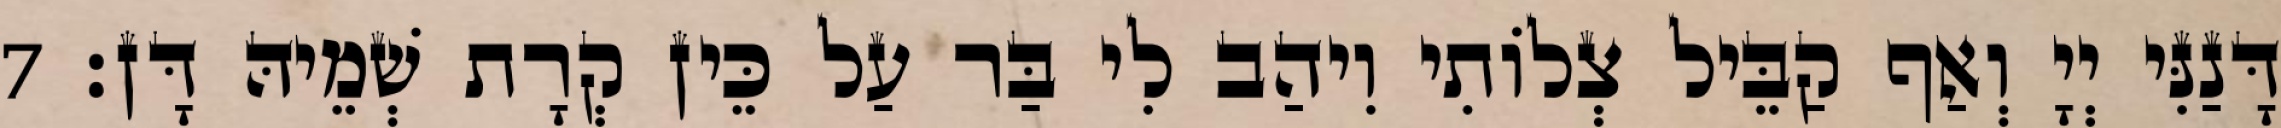
דָּנַנִּי יְיָ וְאַף קַבֵּיל צְלוֹתִי וִיהַב לִי בַּר עַל כֵּין קְרָת שְׁמֵיהּ דָּן׃ 7